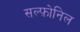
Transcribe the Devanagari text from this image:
सल्फ़ोनिल